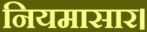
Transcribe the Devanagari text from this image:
नियमासार।